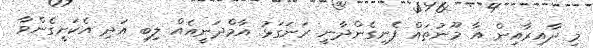
މި ދާއިރާއިން އާ މޫނުތައް ފެނިގެންދާނީ ރަނަގަޅު އާމްދަނީއެއް ލިބި އަދި އެކަށީގެންވާ